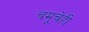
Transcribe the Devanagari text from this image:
चमूचेही